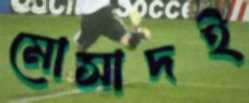
মোসাদই